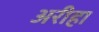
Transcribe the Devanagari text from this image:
अरीहा